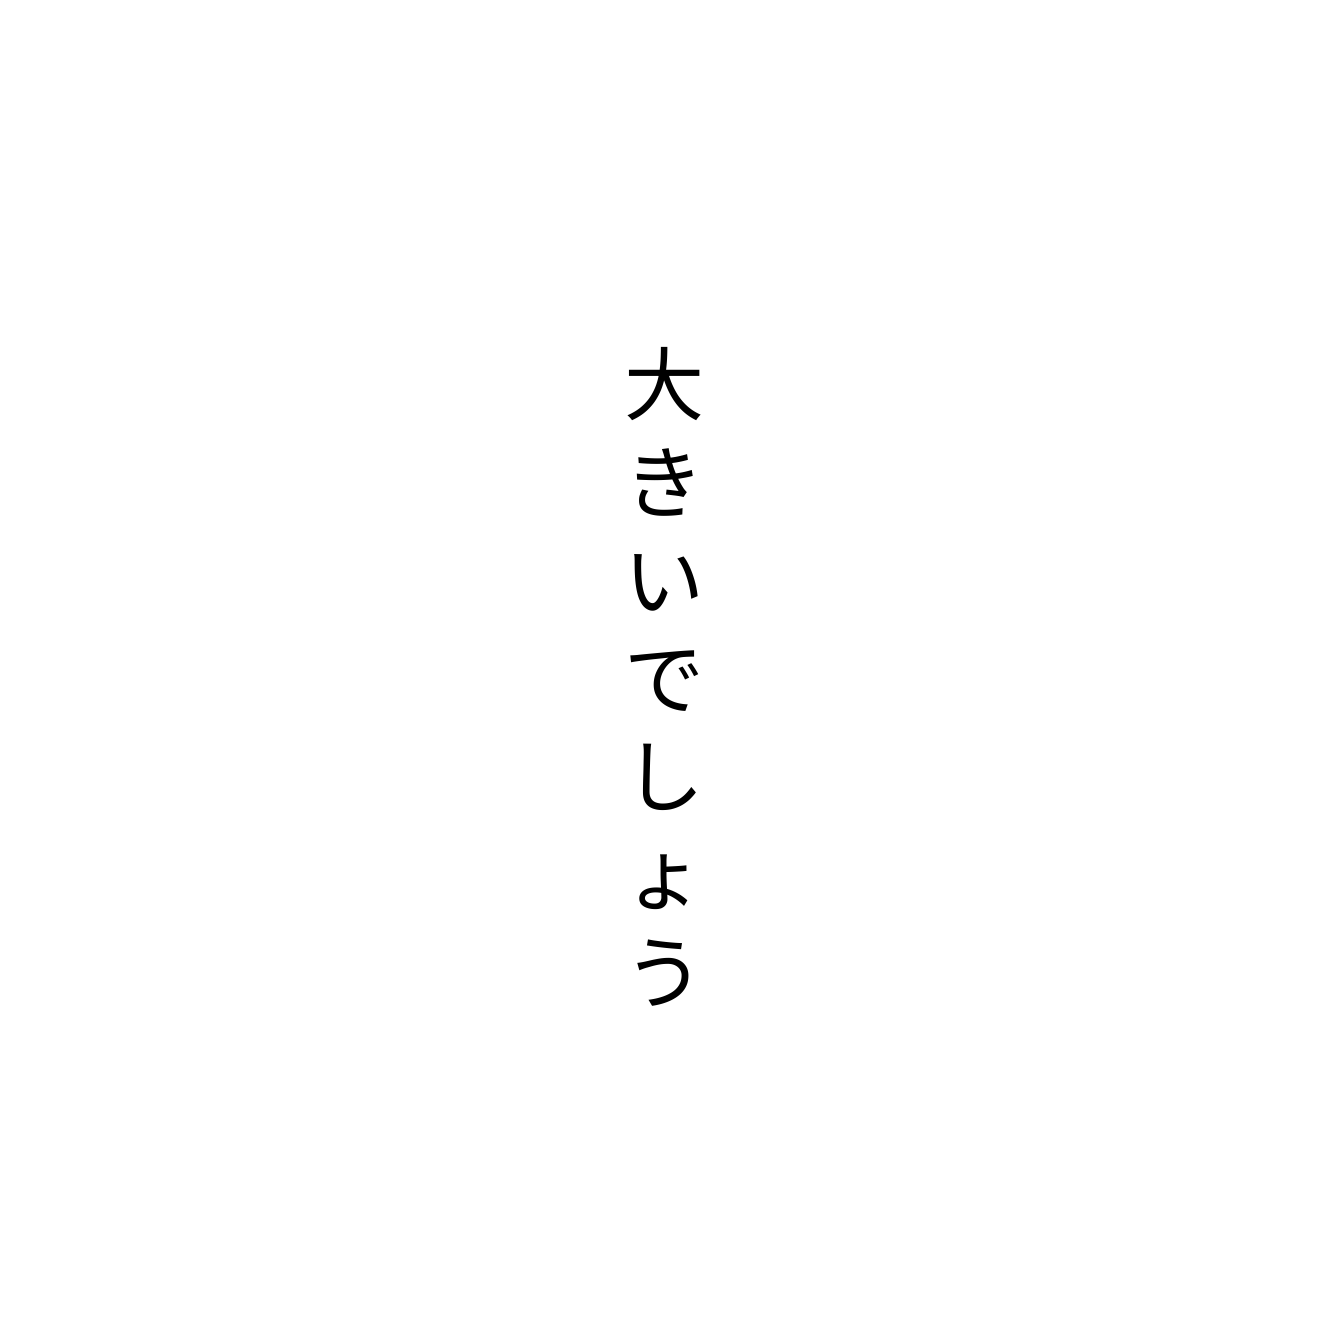
大きいでしょう